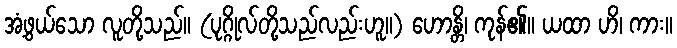
အံ့ဖွယ်သော လူတို့သည်။ (ပုဂ္ဂိုလ်တို့သည်လည်းဟူ။) ဟောန္တိ၊ ကုန်၏။ ယထာ ဟိ၊ ကား။